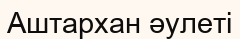
Аштархан әулеті